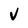
Character: V